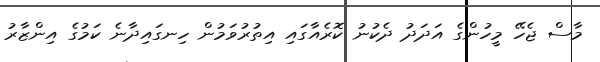
މާސް ޖެހޭ މީހުންގެ އަދަދު ދެކުނު ކޮރެއާގައި އިތުރުވަމުން ހިނގައިދާނެ ކަމުގެ އިންޒާރު